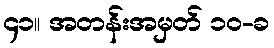
၄၁။ အတန်းအမှတ် ၁၀-ခ